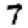
Digit: 7